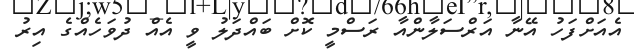
އެއަށްފަހު އޭނާ އަރްސަލާންއާ ރަސްމީ ކޮށް ބައްދަލު ވީ އެއް ދުވަހެއްގެ އިރު